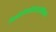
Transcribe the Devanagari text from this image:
डिक्लोरोफेनीलडायज़ोनियम